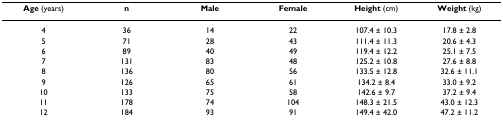
| Age (years) | n | Male | Female | Height (cm) | Weight (kg) |
 | --- | --- | --- | --- | --- | --- |
 | 4 | 36 | 14 | 22 | 107.4 ± 10.3 | 17.8 ± 2.8 |
 | 5 | 71 | 28 | 43 | 111.4 ± 11.3 | 20.6 ± 4.3 |
 | 6 | 89 | 40 | 49 | 119.4 ± 12.2 | 25.1 ± 7.5 |
 | 7 | 131 | 83 | 48 | 125.2 ± 10.8 | 27.6 ± 8.8 |
 | 8 | 136 | 80 | 56 | 133.5 ± 12.8 | 32.6 ± 11.1 |
 | 9 | 126 | 65 | 61 | 134.2 ± 8.4 | 33.0 ± 9.2 |
 | 10 | 133 | 75 | 58 | 142.6 ± 9.7 | 37.2 ± 9.4 |
 | 11 | 178 | 74 | 104 | 148.3 ± 21.5 | 43.0 ± 12.3 |
 | 12 | 184 | 93 | 91 | 149.4 ± 42.0 | 47.2 ± 11.2 |